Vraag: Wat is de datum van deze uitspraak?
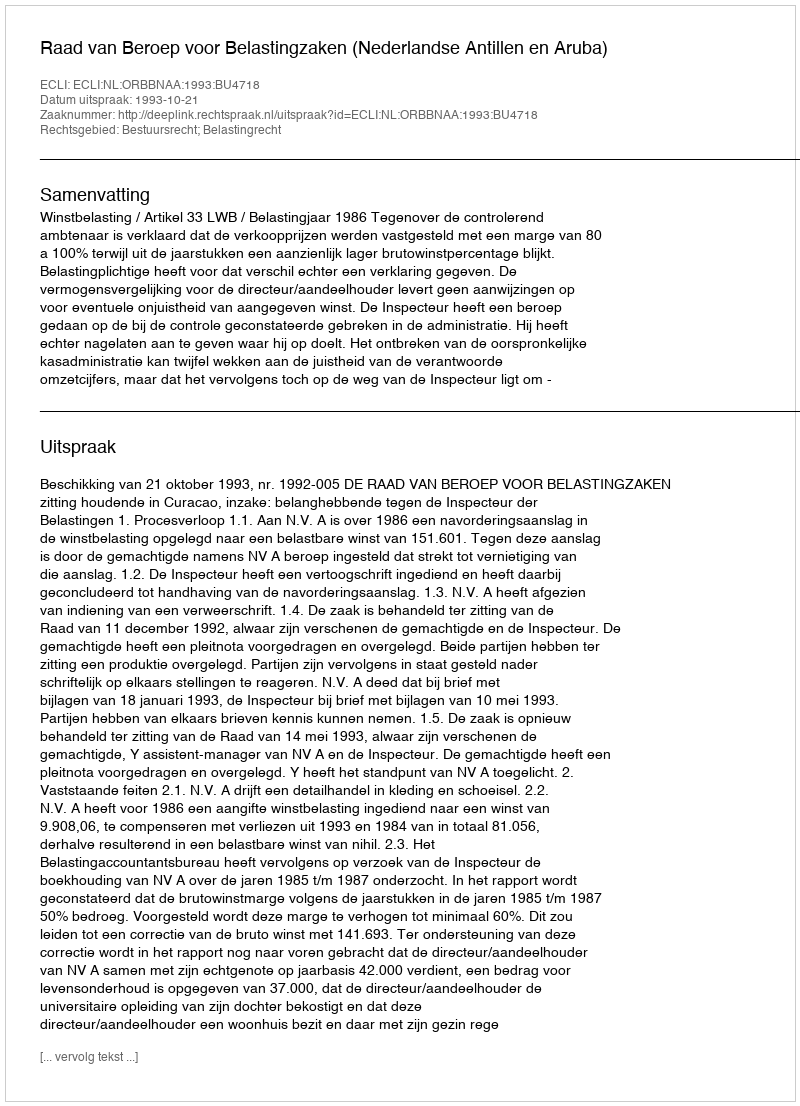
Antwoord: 1993-10-21